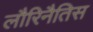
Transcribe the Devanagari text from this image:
लौरिनैतिस